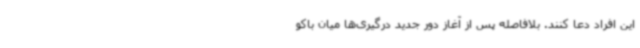
این افراد دعا کنند. بلافاصله پس از آغاز دور جدید درگیری‌ها میان باکو